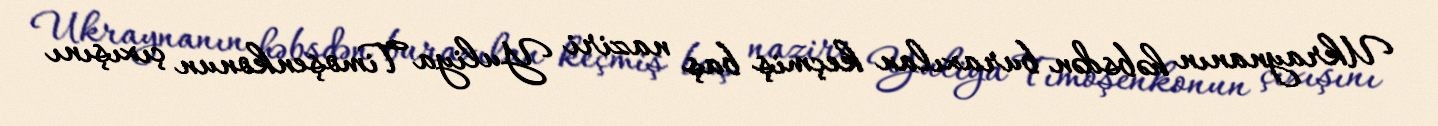
Ukraynanın həbsdən buraxılan keçmiş baş naziri Yuliya Timoşenkonun çıxışını